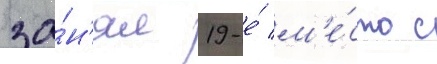
за́н'ял 19-е́ м'е́сто с